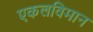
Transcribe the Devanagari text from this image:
एकलविमान